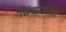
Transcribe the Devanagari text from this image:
छिंदप्रशस्ति